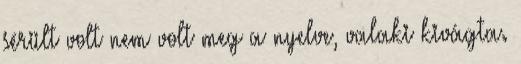
sérült volt nem volt meg a nyelve, valaki kivágta.